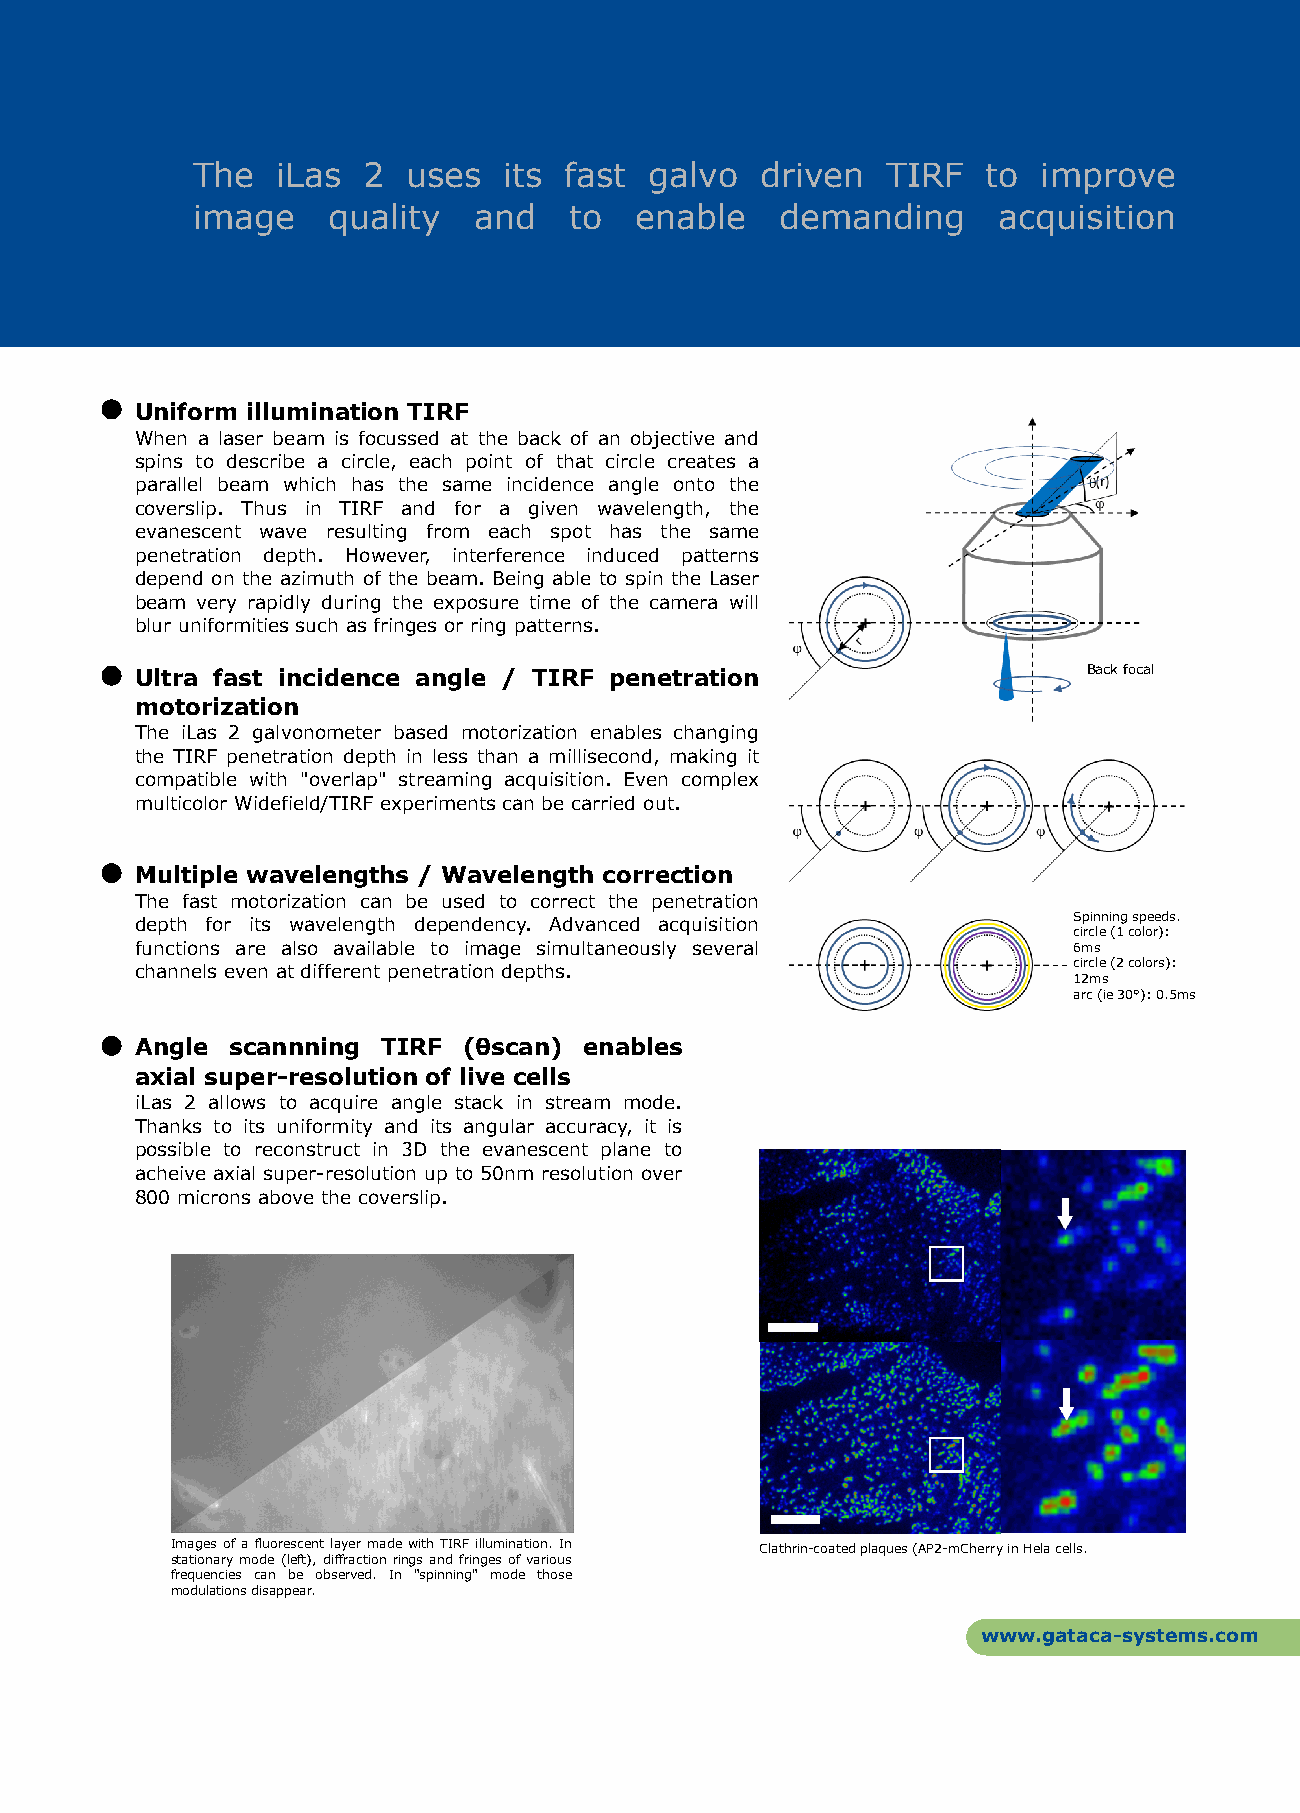
The  iLas  2  uses  its fast  galvo  driven   TIRF  to  improve
 image    quality  and    to  enable    demanding     acquisition
 Uniform illumination TIRF
 When a laser beam is focussed at the back of an objective and
 spins to describe a circle, each point of that circle creates a
 parallel beam which has the same incidence angle onto the
 coverslip. Thus in TIRF and for a given wavelength, the
 evanescent wave resulting from each spot has the same
 penetration depth. However, interference induced patterns
 depend on the azimuth of the beam. Being able to spin the Laser
 beam very rapidly during the exposure time of the camera will
 blur uniformities s uch as fringes or ring patterns.
 Ultra fast incidence angle / TIRF penetration                  Back focal
 motorization
 The iLas 2 galvonometer based motorization enables changing
 the TIRF penetration depth in less than a millisecond, making it
 compatible with "overlap" streaming acquisition. Even complex
 multicolor Widefield/TIRF experiments can be carried out.
 Multiple wavelengths / Wavelength correction
 The fast motorization can be used to correct the penetration
 depth for its wavelength dependency. Advanced acquisition     Spinning speeds.
 circle (1 color):
 functions are also available to image simultaneously several  6ms
 channels even at different penetration depths.                circle (2 colors):
 12ms
 arc (ie 30°): 0.5ms
 Angle scannning TIRF  (θscan) enables
 axial super-resolution of live cells
 iLas 2 allows to acquire angle stack in stream mode.
 Thanks to its uniformity and its angular accuracy, it is
 possible to reconstruct in 3D the evanescent plane to
 acheive axial super-resolution up to 50nm resolution over
 800 microns above the coverslip.
 Images of a fluorescent layer made with TIRF illumination. In Clathrin-coated plaques (AP2-mCherry in Hela cells.
 stationary mode (left), diffraction rings and fringes of various
 frequencies can be observed. In "spinning" mode those
 modulations disappear.
 www.gataca-systems.com